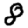
Digit: 8